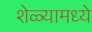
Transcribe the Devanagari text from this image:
शेळ्यामध्ये